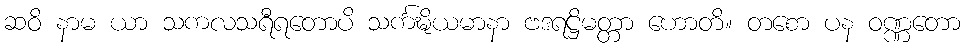
ဆဝိ နာမ ယာ သကလသရီရတောပိ သင်္ကဍ္ဎိယမာနာ ဗဒရဋ္ဌိမတ္တာ ဟောတိ။ တစော ပန ဝဏ္ဏတော